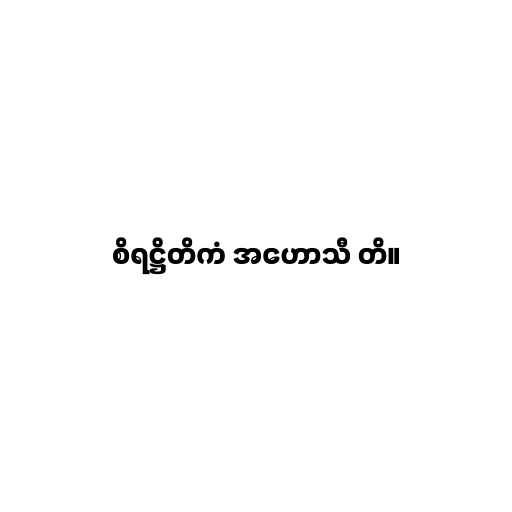
စိရဋ္ဌိတိကံ အဟောသီ တိ။